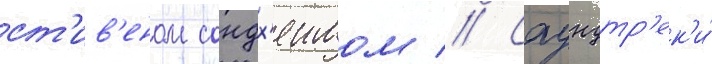
ст'ив'еном сондх'еимом // Саундтр'ек'и́